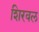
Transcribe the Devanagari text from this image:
शिरवल